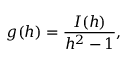
g ( h ) = \frac { I ( h ) } { h ^ { 2 } - 1 } ,